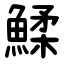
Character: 鰇